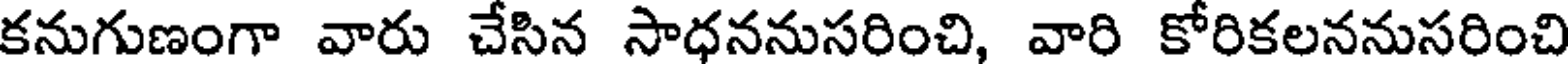
కనుగుణంగా వారు చేసిన సాధననుసరించి, వారి కోరికలననుసరించి